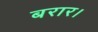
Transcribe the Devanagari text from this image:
बरार।